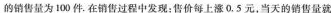
的销售量为100件。在销售过程中发现：售价每上0.5元，当天的销售量就